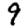
Digit: 9